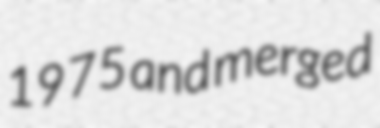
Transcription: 1975 and merged